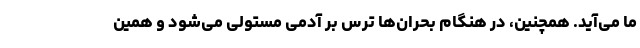
ما می‌آید. همچنین، در هنگام بحران‌ها ترس بر آدمی مستولی می‌شود و همین